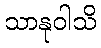
သာနုဝါသိ